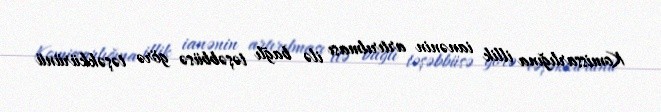
Komissarlığına illik ianənin artırılması ilə bağlı təşəbbüsə görə təşəkkürünü